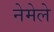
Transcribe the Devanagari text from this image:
नेमेले